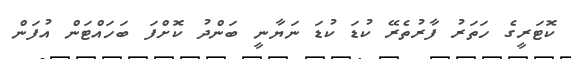
ކޮޓަރީގެ ހަތަރު ފާރުތެރޭ ކުޑަ ކުޑަ ނަޔާނީ ބަންދު ކޮށްފަ ބަހައްޓަން އުފަން